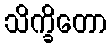
သိက္ခိတော